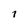
Character: 1